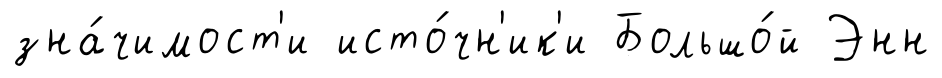
зна́чимост'и исто́чн'ик'и Большо́й Энн